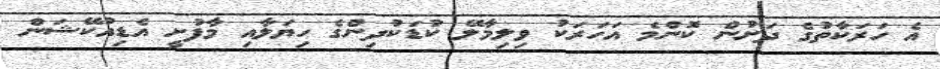
އެ ހަރަކާތުގެ ދަށުން ކޮންމެ އަހަރަކު ވިލިމާލޭ ކުޑަކުދިންގެ ހިޔަލާއި މާފުށީ އެޑިއުކޭޝަން